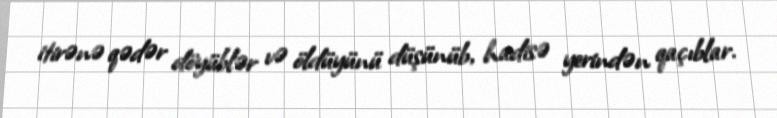
itirənə qədər döyüblər və öldüyünü düşünüb, hadisə yerindən qaçıblar.